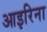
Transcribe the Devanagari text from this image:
आइरिना